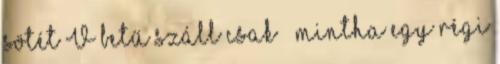
sötét V betű száll csak — mintha egy régi